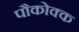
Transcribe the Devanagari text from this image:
पौकोक्क